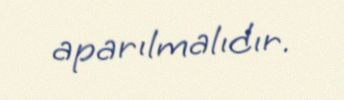
aparılmalıdır.